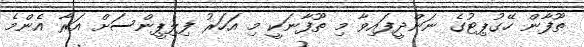
ތޫފާން ހޭގުޕިޓުގެ ނަންދީފައިވާ މި ތޫފާނަކީ މި އަހަރު ފިލިޕީންސަށް އަރާ އެންމެ